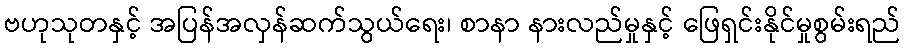
ဗဟုသုတနှင့် အပြန်အလှန်ဆက်သွယ်ရေး၊ စာနာ နားလည်မှုနှင့် ဖြေရှင်းနိုင်မှုစွမ်းရည်